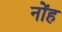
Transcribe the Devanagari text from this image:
नोंह